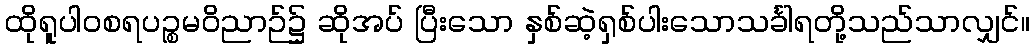
ထိုရူပါဝစရပဉ္စမဝိညာဉ်၌ ဆိုအပ် ပြီးသော နှစ်ဆဲ့ရှစ်ပါးသောသင်္ခါရတို့သည်သာလျှင်။